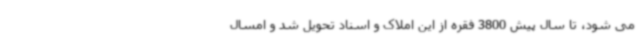
می شود، تا سال پیش 3800 فقره از این املاک و اسناد تحویل شد و امسال